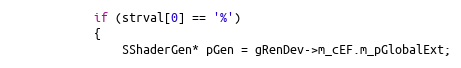
Language: C++
			if (strval[0] == '%')
			{
				SShaderGen* pGen = gRenDev->m_cEF.m_pGlobalExt;